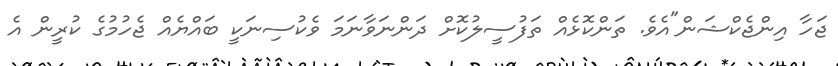
ޖަހާ އިންޖެކްޝަން"އެވެ. ތަންކޮޅެއް ތަފުސީލުކޮށް ދަންނަވާނަމަ ވެކުސިނަކީ ބައްޔެއް ޖެހުމުގެ ކުރީން އެ